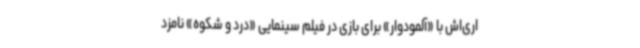
اری‌اش با «آلمودوار» برای بازی در فیلم سینمایی «درد و شکوه» نامزد